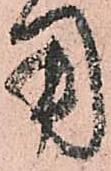
用